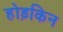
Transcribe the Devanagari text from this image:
होड़किन